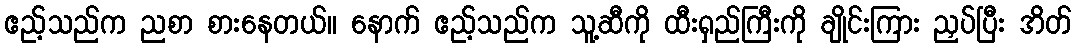
ဧည့်သည်က ညစာ စားနေတယ်။ နောက် ဧည့်သည်က သူ့ဆီကို ထီးရှည်ကြီးကို ချိုင်းကြား ညှပ်ပြီး အိတ်